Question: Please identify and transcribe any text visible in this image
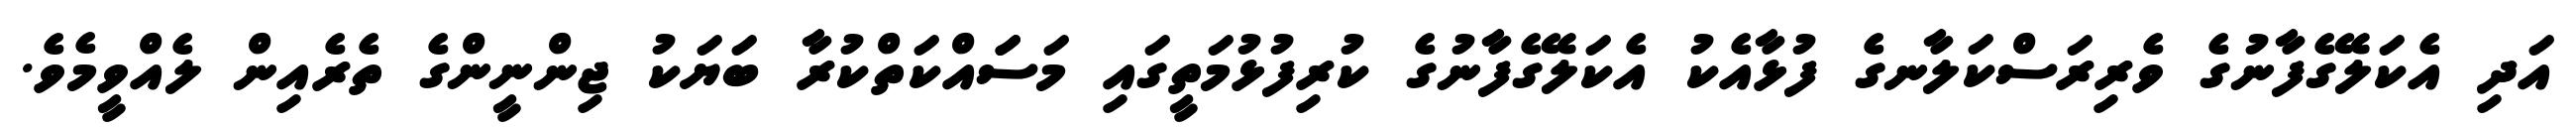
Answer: އަދި އެކަލޭގެފާނުގެ ވެރިރަސްކަލާނގެ ފުޅާއެކު އެކަލޭގެފާނުގެ ކުރިފުޅުމަތީގައި މަސަައްކަތްކުރާ ބަޔަކު ޖިންނީންގެ ތެރެއިން ލެއްވީމެވެ.